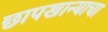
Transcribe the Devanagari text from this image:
छापखान्याचा